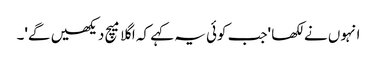
انہوں نے لکھا 'جب کوئی یہ کہے کہ اگلا میچ دیکھیں گے'۔